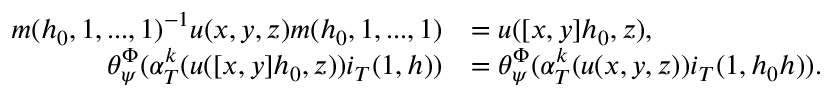
\begin{array} { r l } { m ( h _ { 0 } , 1 , . . . , 1 ) ^ { - 1 } u ( x , y , z ) m ( h _ { 0 } , 1 , . . . , 1 ) } & { = u ( [ x , y ] h _ { 0 } , z ) , } \\ { \theta _ { \psi } ^ { \Phi } ( \alpha _ { T } ^ { k } ( u ( [ x , y ] h _ { 0 } , z ) ) i _ { T } ( 1 , h ) ) } & { = \theta _ { \psi } ^ { \Phi } ( \alpha _ { T } ^ { k } ( u ( x , y , z ) ) i _ { T } ( 1 , h _ { 0 } h ) ) . } \end{array}